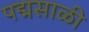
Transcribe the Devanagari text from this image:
पद्मसाळी